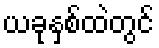
ယခုနှစ်ထဲတွင်